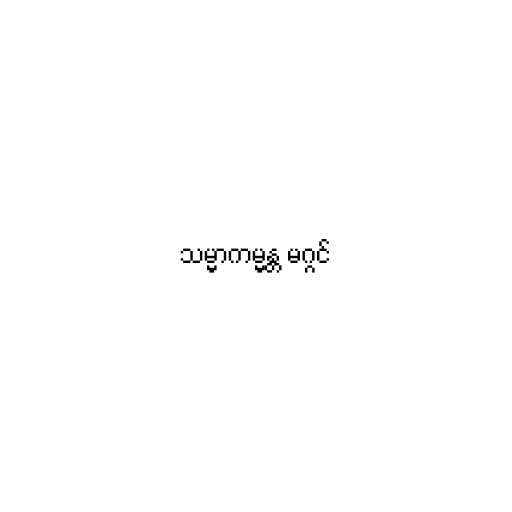
သမ္မာကမ္မန္တ မဂ္ဂင်